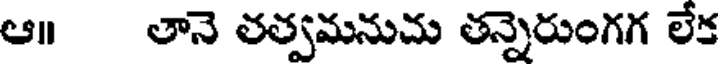
ఆ॥ తానె తత్వమనుచు తన్నెరుంగగ లేక